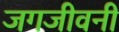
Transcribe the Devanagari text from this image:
जगजीवनी